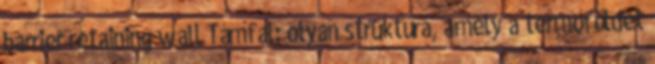
barrier retaining wall Támfal: olyan struktúra, amely a termőföldet